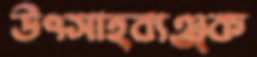
উৎসাহব্যঞ্জক